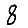
Digit: 8